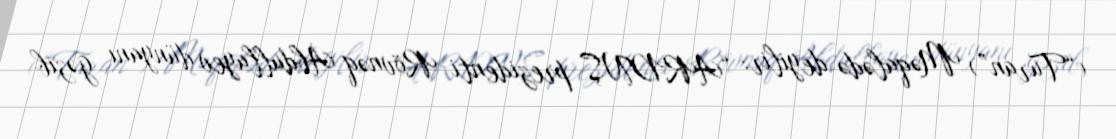
(“Turan”) Məqalədə deyilir: “ARDNŞ prezidenti Rövnəq Abdullayev dünyanı gəzib